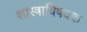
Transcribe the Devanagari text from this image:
शास्त्राविषयक